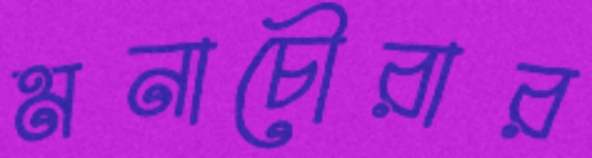
মনাচৌরার